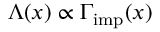
\Lambda ( x ) \propto \Gamma _ { \mathrm { i m p } } ( x )